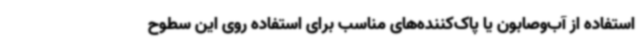
استفاده از آب‌وصابون یا پاک‌کننده‌های مناسب برای استفاده روی این سطوح